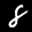
Label: 8